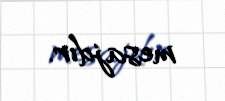
mesajdır.